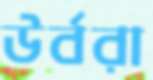
উর্বরা